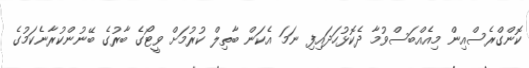
ކޮންގްރެސްއިން މިއެއްބަސްވުމާ ދެކޮޅުހަދައިފި ނަމަ އެކަން ބާތިލް ކުރުމަށް ވީޓޯގެ ބާރުގެ ބޭނުންކުރާނެކަމުގެ